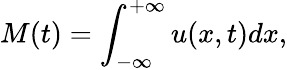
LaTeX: M(t)=\int_{-\infty}^{+\infty}u(x,t)dx,